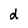
Character: d